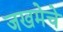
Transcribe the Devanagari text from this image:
जखमेचे